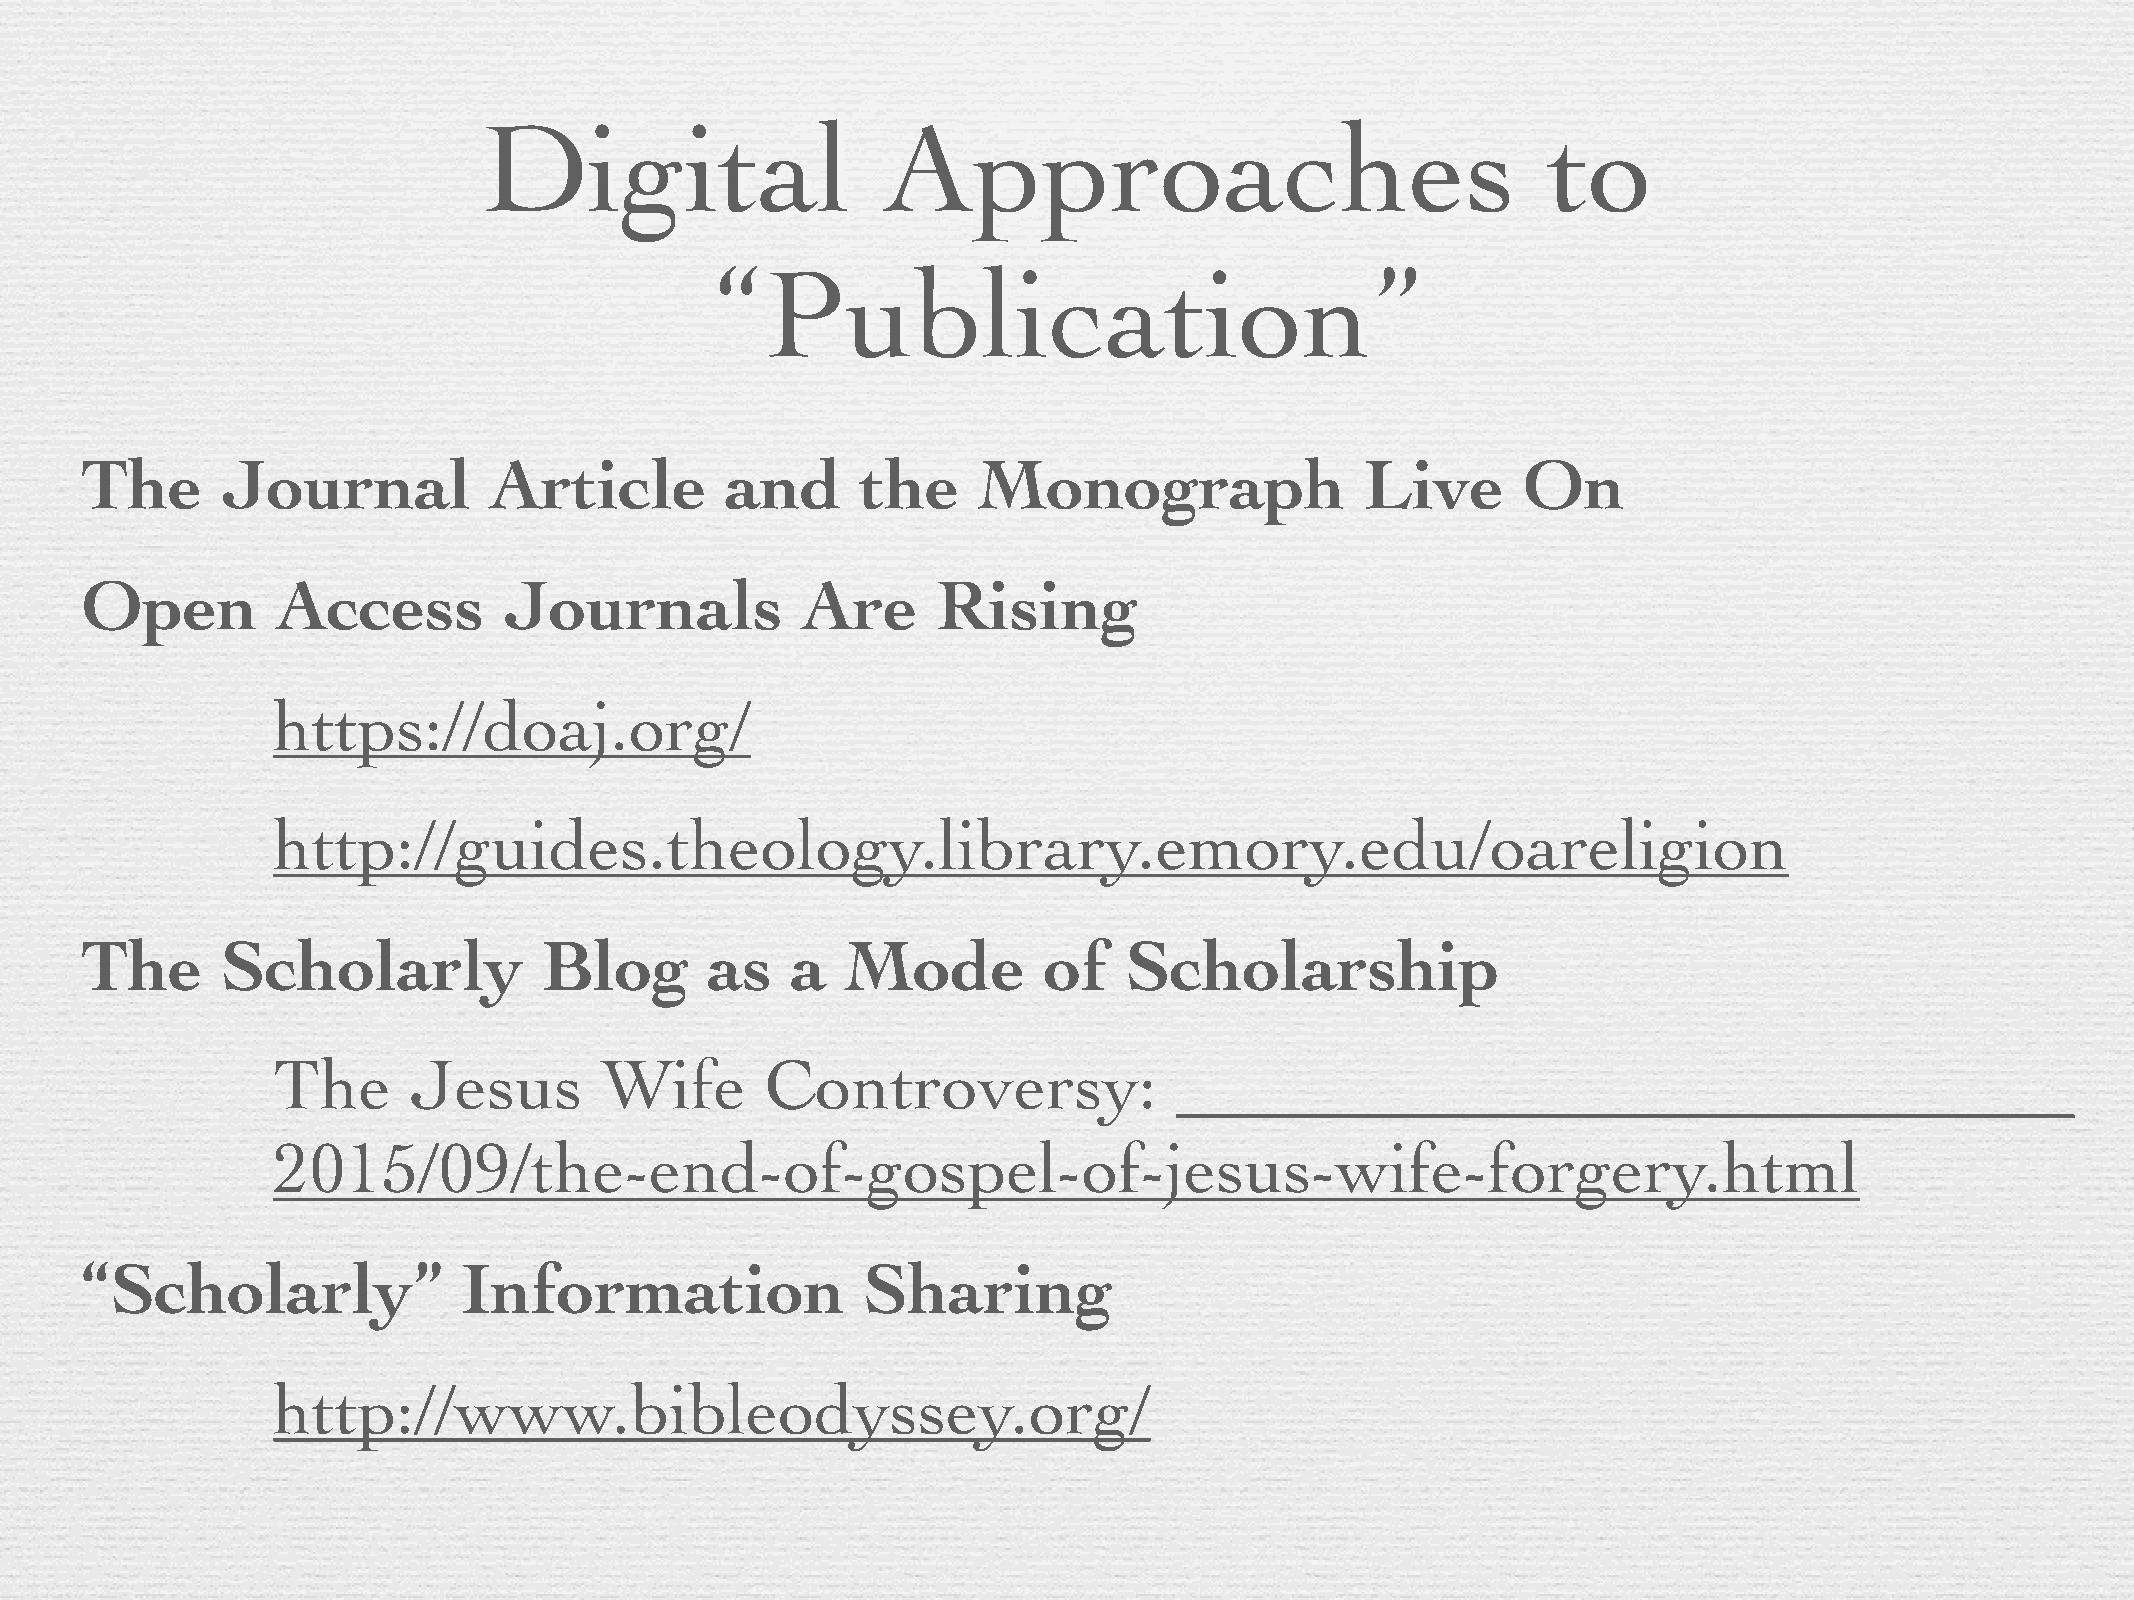
Digital                   Approaches                                  to
 “Publication”
 The       Journal          Article         and      the     Monograph                Live       On
 Open         Access         Journals            Are      Rising
 https://doaj.org/
 http://guides.theology.library.emory.edu/oareligion
 The       Scholarly            Blog       as   a   Mode         of    Scholarship
 The      Jesus        Wife       Controversy:
 2015/09/the-end-of-gospel-of-jesus-wife-forgery.html
 “Scholarly”               Information               Sharing
 http://www.bibleodyssey.org/